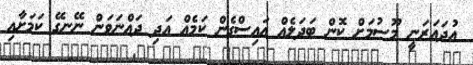
އުދައަރަނީ މޫސުމަށް ކޮން ބަދަލެއް އައިސްގެން ކަމެއް އަދި ދައްނަވަން ނޭނގޭ ކަމަށާއި